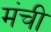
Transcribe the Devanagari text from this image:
मंची